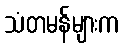
သံတမန်များက